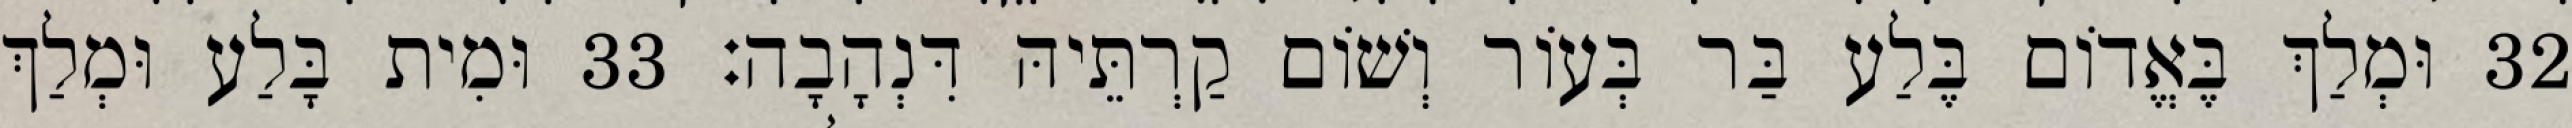
32 וּמְלַךְ בֶּאֱדוֹם בֶּלַע בַּר בְּעוֹר וְשׁוֹם קַרְתֵּיהּ דִּנְהָבָה׃ 33 וּמִית בָּלַע וּמְלַךְ